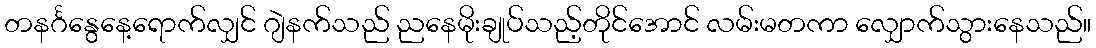
တနင်္ဂနွေနေ့ရောက်လျှင် ဂျဲနက်သည် ညနေမိုးချုပ်သည့်တိုင်အောင် လမ်းမတကာ လျှောက်သွားနေသည်။